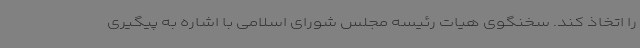
را اتخاذ کند. سخنگوی هیات رئیسه مجلس شورای اسلامی با اشاره به پیگیری